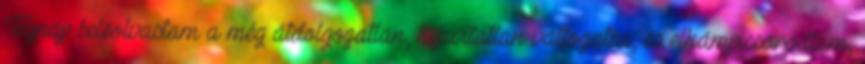
Tegnap beleolvastam a még átdolgozatlan, kijavítatlan változatba, és elkámpicsorodtam,